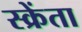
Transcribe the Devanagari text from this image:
स्क्रेंता